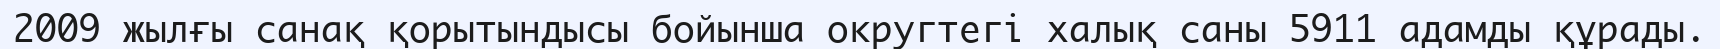
2009 жылғы санақ қорытындысы бойынша округтегі халық саны 5911 адамды құрады.